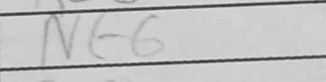
Transcription: Nf6